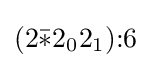
(2{\bar {*}}2_{0}2_{1}){:}6